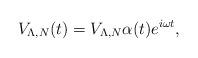
LaTeX: \begin{align*}V_{\Lambda,N}(t)=V_{\Lambda,N}\alpha(t)e^{i\omega t}, \end{align*}